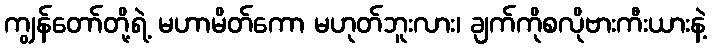
ကျွန်တော်တို့ရဲ့ မဟာမိတ်ကော မဟုတ်ဘူးလား၊ ချက်ကိုစလိုဗားကီးယားနဲ့